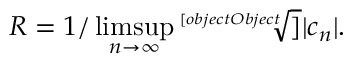
R = 1 / \operatorname* { l i m s u p } _ { n \rightarrow \infty } { \sqrt [ [object Object] ] { | c _ { n } | } } .